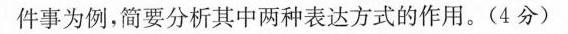
件事为例。简要分析其中两种表达方式的作用。(4分)